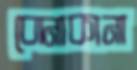
বোনাকানা